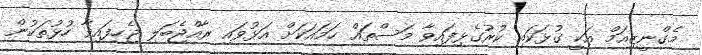
މެގްނީޒިއަމް އަކީ ގުޅަކައި ކުރުގެޅިފައިވާ މަސްތައް ހަމައަކަށް އަޅުވައި ރާއްޖެބަލި ޖެހިފައިވާ ހުޅުތަކުން